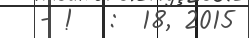
- !   :  18